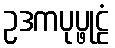
ဥဒကပုပ္ဖုဠံ